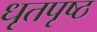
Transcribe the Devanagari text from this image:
धृतपृष्ठ